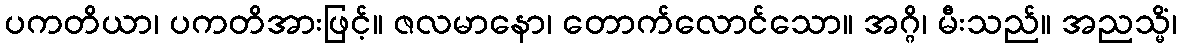
ပကတိယာ၊ ပကတိအားဖြင့်။ ဇလမာနော၊ တောက်လောင်သော။ အဂ္ဂိ၊ မီးသည်။ အညသ္မိံ၊